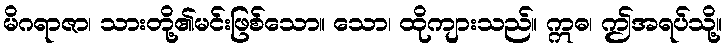
မိဂရာဇာ၊ သားတို့၏မင်းဖြစ်သော။ သော၊ ထိုကျားသည်။ ဣဓ၊ ဤအရပ်သို့။